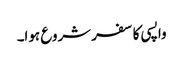
واپسی کا سفر شروع ہوا۔